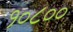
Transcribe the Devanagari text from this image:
१०८००